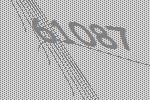
61087